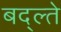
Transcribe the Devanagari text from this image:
बद्ल्ते